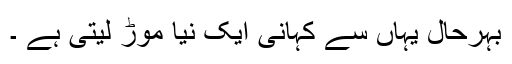
بہرحال یہاں سے کہانی ایک نیا موڑ لیتی ہے ۔